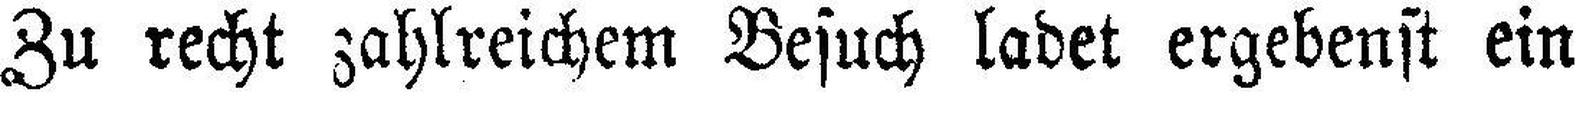
Zu recht zahlreichem Besuch ladet ergebenst ein